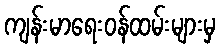
ကျန်းမာရေးဝန်ထမ်းများမှ